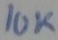
Text: 10K